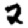
Digit: 2